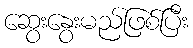
ဆွေးနွေးမည်ဖြစ်ပြီး